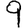
Digit: 9